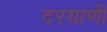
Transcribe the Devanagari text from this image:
दरयाणी